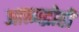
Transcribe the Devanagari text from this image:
आत्मद्रोही